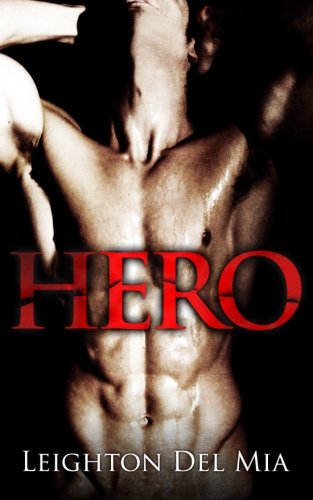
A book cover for Hero; Leighton Del Mia; Romance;